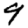
Digit: 9